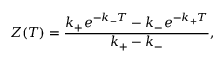
Z ( T ) = { \frac { k _ { + } e ^ { - k _ { - } T } - k _ { - } e ^ { - k _ { + } T } } { k _ { + } - k _ { - } } } ,